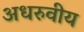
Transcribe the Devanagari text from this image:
अधरुवीय